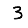
Digit: 3